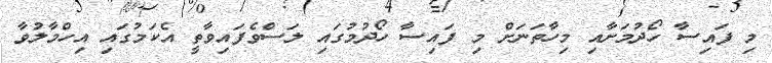
މި ފައިސާ ހޯދުމަށާއި މިހާތަނަށް މި ފައިސާ ހޯދުމުގައި ލަސްވެފައިވާތީ އެކަމުގައި އިހްމާލުވާ